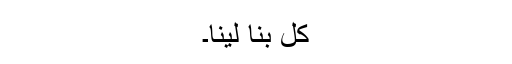
کل بنا لینا۔